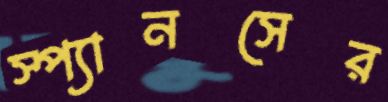
স্প্যানসের